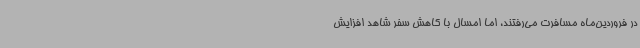
در فروردین‌ماه مسافرت می‌رفتند، اما امسال با کاهش سفر شاهد افزایش